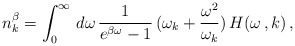
\begin{align*}n^{\beta }_{k} = \int_{0}^{\infty }\,d\omega \,\frac{1}{e^{\beta \omega }- 1}\,(\omega_{k} + \frac{\omega ^{2}}{\omega_{k}} )\,H(\omega \,, k) \,,\end{align*}